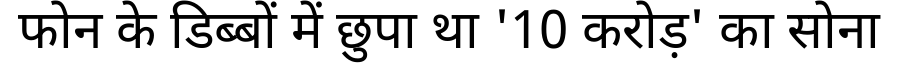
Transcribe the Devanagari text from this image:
फोन के डिब्बों में छुपा था '10 करोड़' का सोना